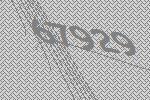
67929